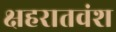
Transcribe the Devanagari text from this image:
क्षहरातवंश